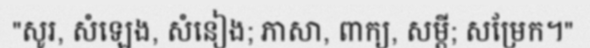
"សូរ, សំឡេង, សំនៀង; ភាសា, ពាក្យ, សម្តី; សម្រែក។"